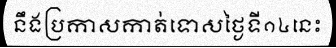
នឹងប្រកាសកាត់ទោសថ្ងៃទី១៤នេះ